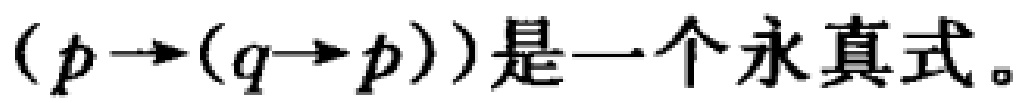
$(p\rightarrow(q\rightarrow p))是一个永真式。$